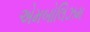
એમબોલિઝમ